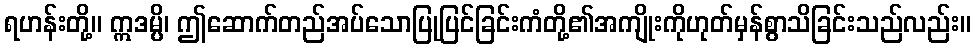
ရဟန်းတို့။ ဣဒမ္ပိ၊ ဤဆောက်တည်အပ်သောပြုပြင်ခြင်းကံတို့၏အကျိုးကိုဟုတ်မှန်စွာသိခြင်းသည်လည်း။